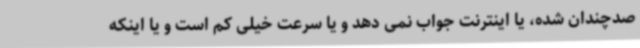
صدچندان شده، یا اینترنت جواب نمی دهد و یا سرعت خیلی کم است و یا اینکه